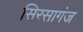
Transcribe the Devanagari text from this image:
सिरसागंज